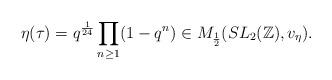
LaTeX: \begin{align*}\eta(\tau)=q^{\frac 1{24}}\prod_{n\ge 1}(1-q^n)\in M_{\frac{1}2}(SL_2(\Bbb Z),v_\eta).\end{align*}